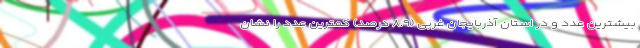
بیشترین عدد و در استان آذربایجان غربی (٨.٩ درصد) کمترین عدد را نشان